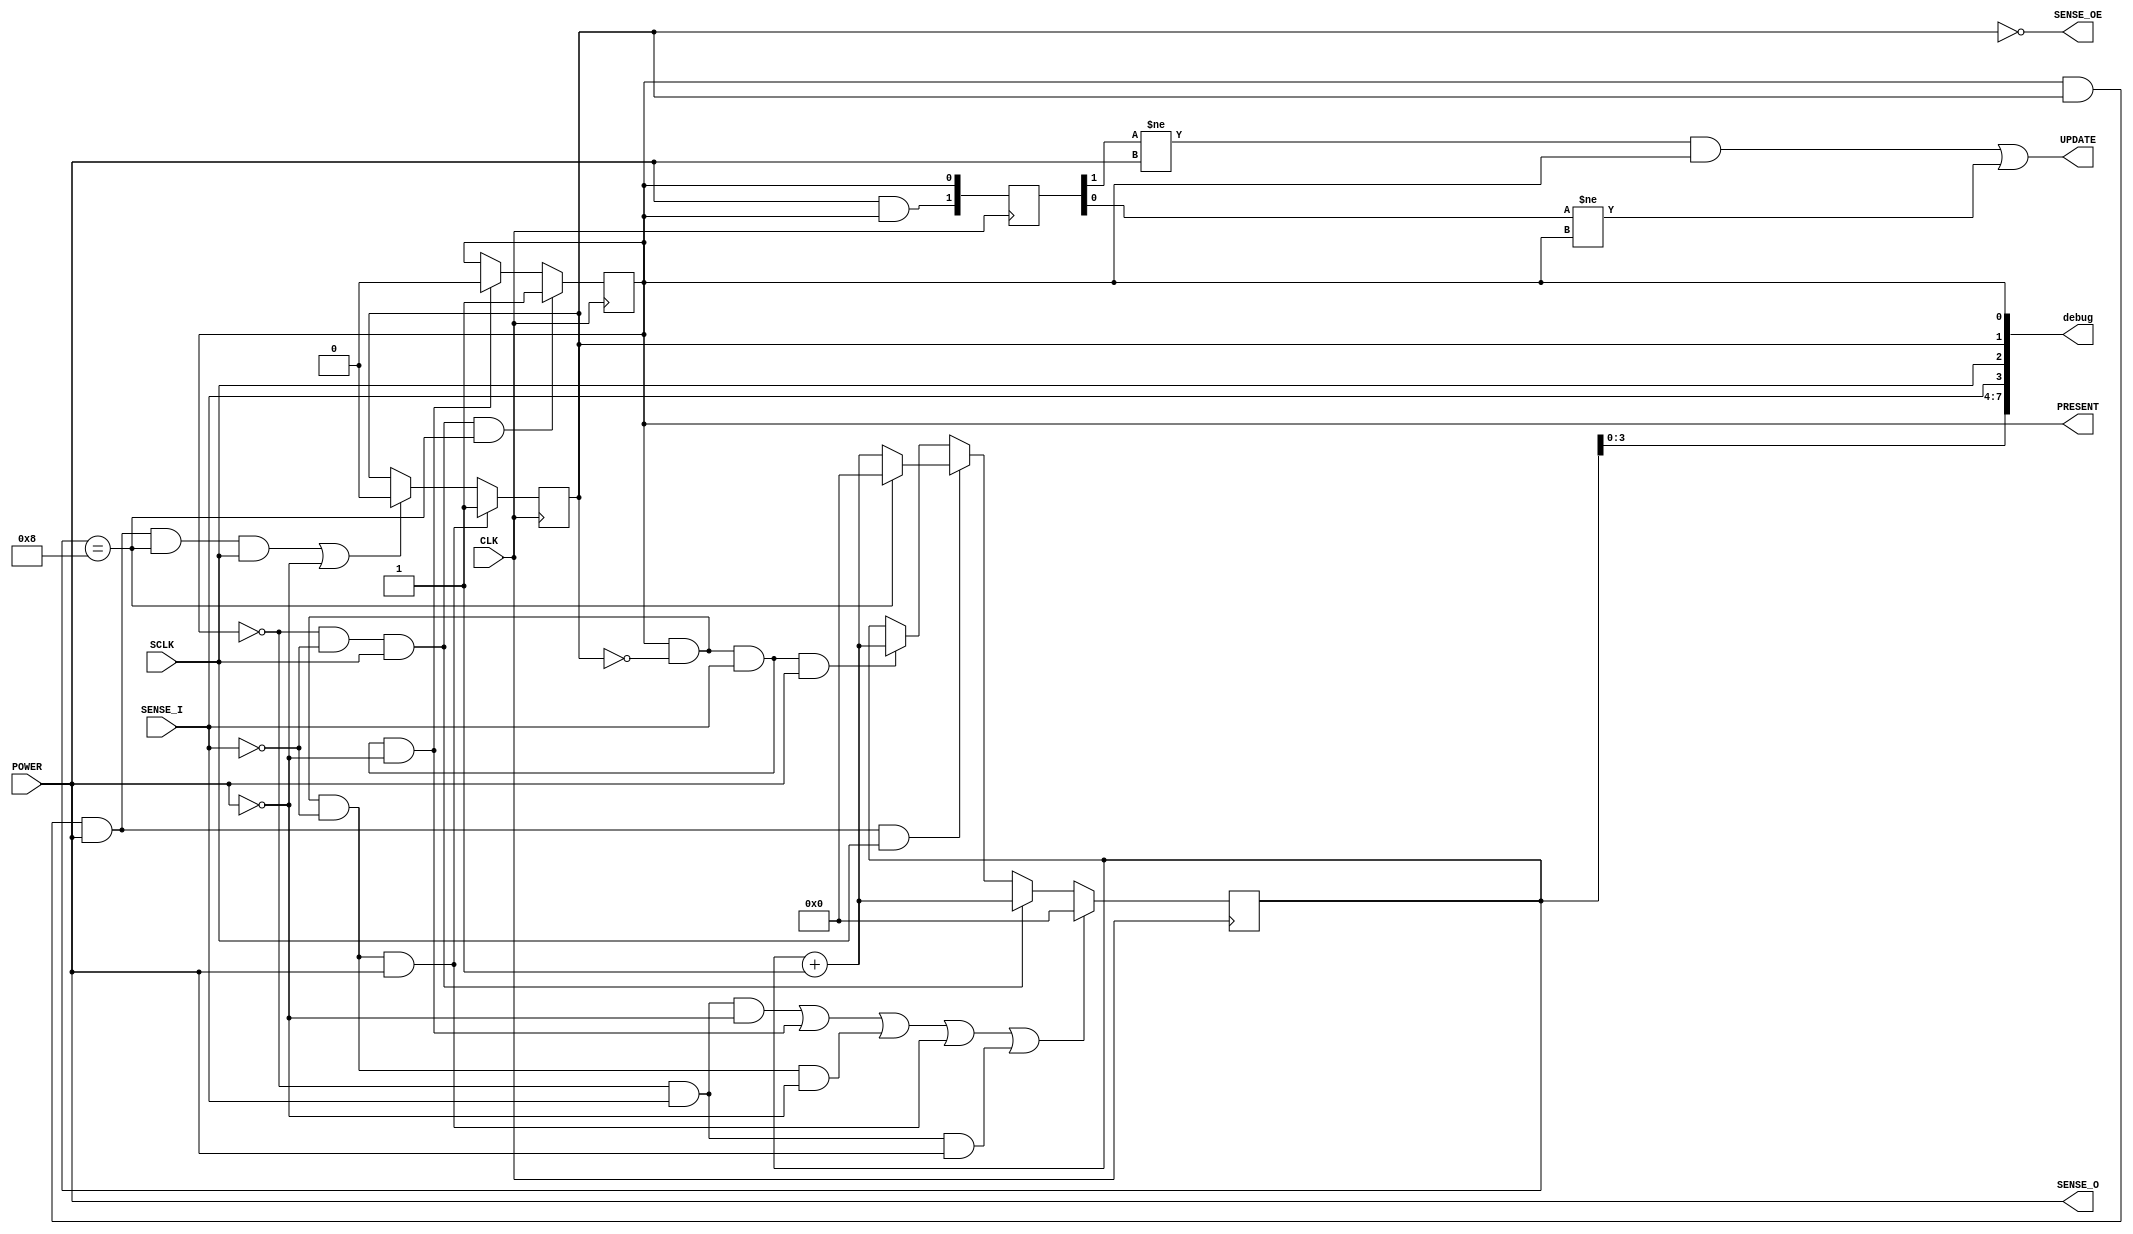
`timescale 1ns / 1ps

/**
 * @file db_detect_and_power_control.v Contains db_detect_and_power_control module.
 */
 
//% @brief Daughterboard detection and power control (version 2).
//%
//% @gensymbol
//% MODULE db_detect_and_power_control
//% LPORT SENSE inout
//% LPORT space
//% LPORT POWER input
//% LPORT space
//% LPORT CLK input
//% LPORT SCLK input
//% RPORT PRESENT
//% @endgensymbol
//%
//% @par Overview
//% \n\n
//% The ARA ATRI daughterboard detection mechanism relies on a single SENSE
//% line per daughterboard (e.g. DDASENSE, TDASENSE). The SENSE line is directly
//% connected to the hot-swap controller's ON pin, and is pulled up weakly on the
//% ATRI motherboard (52.3k) and pulled down stronger (7.5k) on the daughterboards.
//% This means that the SENSE line idles at ~0.4V, which is healthily away from the
//% low end of the threshold (1.26V) and the FPGA's low threshold (0.8V). Without
//% the daughterboard plugged in, the 52.3k pullup idles the line at ~3.3V to 2.8V,
//% well above the high input level of 2.0V. 
//% \n\n
//% Before a daughterboard has been detected, the SENSE line at the FPGA is
//% set to be an input. When a daughterboard is connected, the pulldown will
//% drag the SENSE line down pretty quickly. The input capacitance is ~10 pF,
//% and so after idling at ~3.3V, it should drop to ground in ~75 ns. The FPGA
//% watches for the line going low and staying low for a while (~8 ms nominally).
//% This serves as the indicator that the daughterboard is present.
//% \n\n
//% When software then decides to turn the daughterboard on, the SENSE line is
//% then switched to an output and driven high. This turns on the hot-swap controller.
//% \n\n
//% Periodically (every 8 ms nominally) the FPGA turns SENSE back to an input for 10
//% clock cycles. With a system clock of 40 MHz, this is ~3 time constants (250 ns), 
//% and the input should be at ~0.5V, again, well below the nominal low value. If
//% SENSE is low after 250 ns, it redrives the line high. With a 3 us filter on the
//% ON inputs, this should be easily sufficient for the hot swap controller to ignore
//% it.
module db_detect_and_power_control_v2(
		SENSE_I,
		SENSE_O,
		SENSE_OE,
		CLK,
		SCLK,
		POWER,
		PRESENT,
		UPDATE,
		debug
    );

	//% Determine if we use CLK or SCLK for sensing. For debug. If "SLOW", use SCLK, else use CLK.
	parameter SENSE_SPEED = "SLOW";

	//% Daughterboard's sense line input.
	input SENSE_I;
	//% Daughterboard's sense line output.
	output SENSE_O;
	//% Daughterboard's sense line output enable.
	output SENSE_OE;

	//% System clock.
	input CLK;
	//% Slow clock (period over which presence will be checked, typ. 1 kHz).
	input SCLK;
	//% Power switch for daughterboard.
	input POWER;
	//% Indicates if a daughterboard is present.
	output PRESENT;
	//% Single-cycle flag to indicate that status (power or presence) has changed.
	output UPDATE;		 
	//% Debug output for ChipScope.
	output [7:0] debug;

	//% Number of slow_clock_valids before input considered stable.
	parameter [31:0] SENSE_INPUT_FILTER_MS = 8;
	//% Number of slow_clock_valids between presence checks.
	parameter [31:0] SENSE_CHECK_MS = 8;
	//% Number of clocks to wait after sense line lowered before daughter is considered missing.
	parameter [31:0] SENSE_OUTPUT_WAIT_CLOCKS = 75;
	//% FIXME: should be max(clogb2(SENSE_INPUT_FILTER_MS),clogb2(SENSE_OUTPUT_WAIT_CLOCKS)).
	localparam TIMER_BITS = 6;

	//% If SENSE_SPEED = "SLOW", this is SCLK. Else, this is 1.
	wire slow_clock_valid;
	generate
		if (SENSE_SPEED == "SLOW") begin : slow_clock_SCLK
			assign slow_clock_valid = SCLK;
		end else begin : slow_clk_CLK
			assign slow_clock_valid = 1'b1;
		end
	endgenerate
	
	//% 1 if a daughterboard has been successfully detected.
	reg daughterboard_is_present = 0;
	//% Output enable for SENSE.
	reg sense_output_enable = 0;
	//% Deglitch timing filter and presence detect time filter.
	reg [TIMER_BITS-1:0] timer = {TIMER_BITS{1'b0}};

	/*
	 * There are four bits which essentially form a "state" for the module:
	 * daughterboard_is_present, SENSE, sense_output_enable, POWER.
	 *
	 * if (!daughterboard_is_present && !SENSE): (sense_output_enable = don't care but = 0, POWER = don't care)
	 *    Daughterboard is detected. Count each slow_clock_valid: when timer == SENSE_INPUT_FILTER_MS,
	 *    daughterboard_is_present <= 1;
	 * if (!daughterboard_is_present && SENSE) : (sense_output_enable = don't care but 0, POWER = don't care)
	 *    Reset presence detect timer.
	 * if (daughterboard_is_present && sense_output_enable = 0 && SENSE && !POWER)
	 *    Daughterboard removed, reset presence detect timer.
	 *    daughterboard_is_present <= 0;
	 * if (daughterboard_is_present && sense_output_enable = 0 && !SENSE && !POWER)
	 *    Daughterboard is present and unpowered. Do nothing.
	 * if (daughterboard_is_present && sense_output_enable = 1 && POWER)
    *    Daughterboard is present and powered. Count each slow_clock_valid: when timer == SENSE_CHECK_MS,
    *    sense_output_enable = 0.
	 * if (daughterboard_is_present && sense_output_enable = 0 && POWER && SENSE)
	 *    Daughterboard is present and in a check cycle. Count every clock cycle.
	 *    When timer == SENSE_OUTPUT_WAIT_CLOCKS, if SENSE, daughterboard_is_present <= 0;
	 * if (daughterboard_is_present && sense_output_enable = 0 && POWER && !SENSE)
	 *    Power on requested (or check passed): sense_output_enable <= 1, reset timer.
	 */	

	//% Daughterboard has appeared.
	wire DB_DETECTED = (!daughterboard_is_present && !SENSE_I);
	//% Daughterboard is not present.
	wire DB_NOT_PRESENT = (!daughterboard_is_present && SENSE_I && !POWER);
	//% Daughterboard was removed while unpowered.
	wire DB_COLD_REMOVED = (daughterboard_is_present && !sense_output_enable && SENSE_I && !POWER);
	//% Daughterboard is present and cold.
	wire DB_COLD_PRESENT = (daughterboard_is_present && !sense_output_enable && !SENSE_I && !POWER);
	//% Daughterboard is present and hot.
	wire DB_HOT_PRESENT = (daughterboard_is_present && sense_output_enable && POWER);
	//% Daughterboard is present and a check cycle is occurring.
	wire DB_HOT_CHECK = (daughterboard_is_present && !sense_output_enable && SENSE_I && POWER);
	//% Daughterboard power on is requested, or check cycle has passed.
	wire DB_POWER_ON = (daughterboard_is_present && !sense_output_enable && !SENSE_I && POWER);
	//% Daughterboard was removed while unpowered.
	wire DB_HOT_REMOVED = (!daughterboard_is_present && SENSE_I && POWER);

	always @(posedge CLK) begin : TIMER_LOGIC
		if (DB_NOT_PRESENT || DB_COLD_REMOVED || DB_COLD_PRESENT || DB_POWER_ON || DB_HOT_REMOVED)
			timer <= {TIMER_BITS{1'b0}};
		else if (DB_DETECTED && slow_clock_valid)
			timer <= timer + 1;
		else if (DB_HOT_PRESENT && slow_clock_valid) begin
			if (timer == SENSE_CHECK_MS)
				timer <= {TIMER_BITS{1'b0}};
			else
				timer <= timer + 1;
		end else if (DB_HOT_CHECK)
			timer <= timer + 1;
	end
	
	always @(posedge CLK) begin : DAUGHTERBOARD_PRESENT_LOGIC
		if (DB_DETECTED && slow_clock_valid && timer == SENSE_INPUT_FILTER_MS)
			daughterboard_is_present <= 1;
		else if (DB_COLD_REMOVED)
			daughterboard_is_present <= 0;
		else if (DB_HOT_CHECK && timer == SENSE_OUTPUT_WAIT_CLOCKS)
			daughterboard_is_present <= 0;
	end
	
	always @(posedge CLK) begin : DAUGHTERBOARD_SENSE_LOGIC
		if (DB_POWER_ON)
			sense_output_enable <= 1;
		else if ((DB_HOT_PRESENT && timer == SENSE_CHECK_MS && slow_clock_valid) || (!POWER))
			sense_output_enable <= 0;
	end
	
	//% update storage register. Used to generate flag for UPDATE.
	reg [1:0] update_tmp;
	
	always @(posedge CLK) begin : UPDATE_LOGIC
		update_tmp[1:0] <= {POWER && daughterboard_is_present, daughterboard_is_present};
	end
	
	assign UPDATE = (update_tmp[1] != POWER && daughterboard_is_present) ||
						 (update_tmp[0] != daughterboard_is_present);
	assign SENSE_O = POWER;
	// OEs are all negative logic.
	assign SENSE_OE = ~sense_output_enable;
	
	assign PRESENT = daughterboard_is_present;
	assign debug[0] = daughterboard_is_present;
	assign debug[1] = sense_output_enable;
	assign debug[2] = slow_clock_valid;
	assign debug[3] = SENSE_I;
	assign debug[7:4] = timer;
endmodule